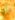
أن